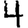
Digit: 4